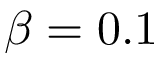
\beta = 0 . 1